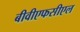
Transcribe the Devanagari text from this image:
बीवीएफसीएल